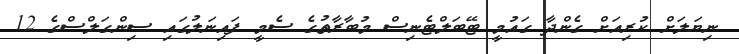
ނިޔަލަށް ކުރިއަށް ގެންދާ ގައުމީ ޓޭބަލްޓެނިސް މުބާރާތުގެ ސެމީ ފައިނަލުގައި ސިންގަލްސްގެ 12